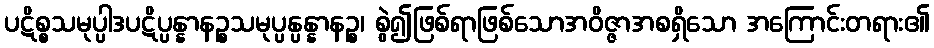
ပဋိစ္စသမုပ္ပါဒပဋိပ္ပန္နာနဉ္စသမုပ္ပန္ပန္နာနဉ္စ၊ စွဲ၍ဖြစ်ရာဖြစ်သောအဝိဇ္ဇာအစရှိသော အကြောင်းတရား၏